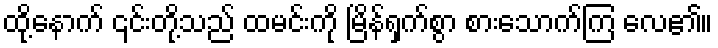
ထို့နောက် ၎င်းတို့သည် ထမင်းကို မြိန်ရှက်စွာ စားသောက်ကြ လေ၏။